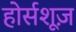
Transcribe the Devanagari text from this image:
होर्सशूज़